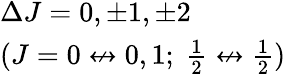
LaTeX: \begin{array}{l}{\Delta J=0,\pm 1,\pm 2}\\ {(J=0\not\leftrightarrow 0,1;\ {\begin{array}{l}{{\frac{1}{2}}}\end{array}}\not\leftrightarrow{\begin{array}{l}{{\frac{1}{2}}}\end{array}})}\end{array}